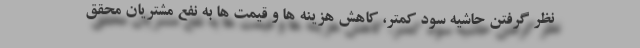
نظر گرفتن حاشیه سود کمتر، کاهش هزینه ها و قیمت ها به نفع مشتریان محقق